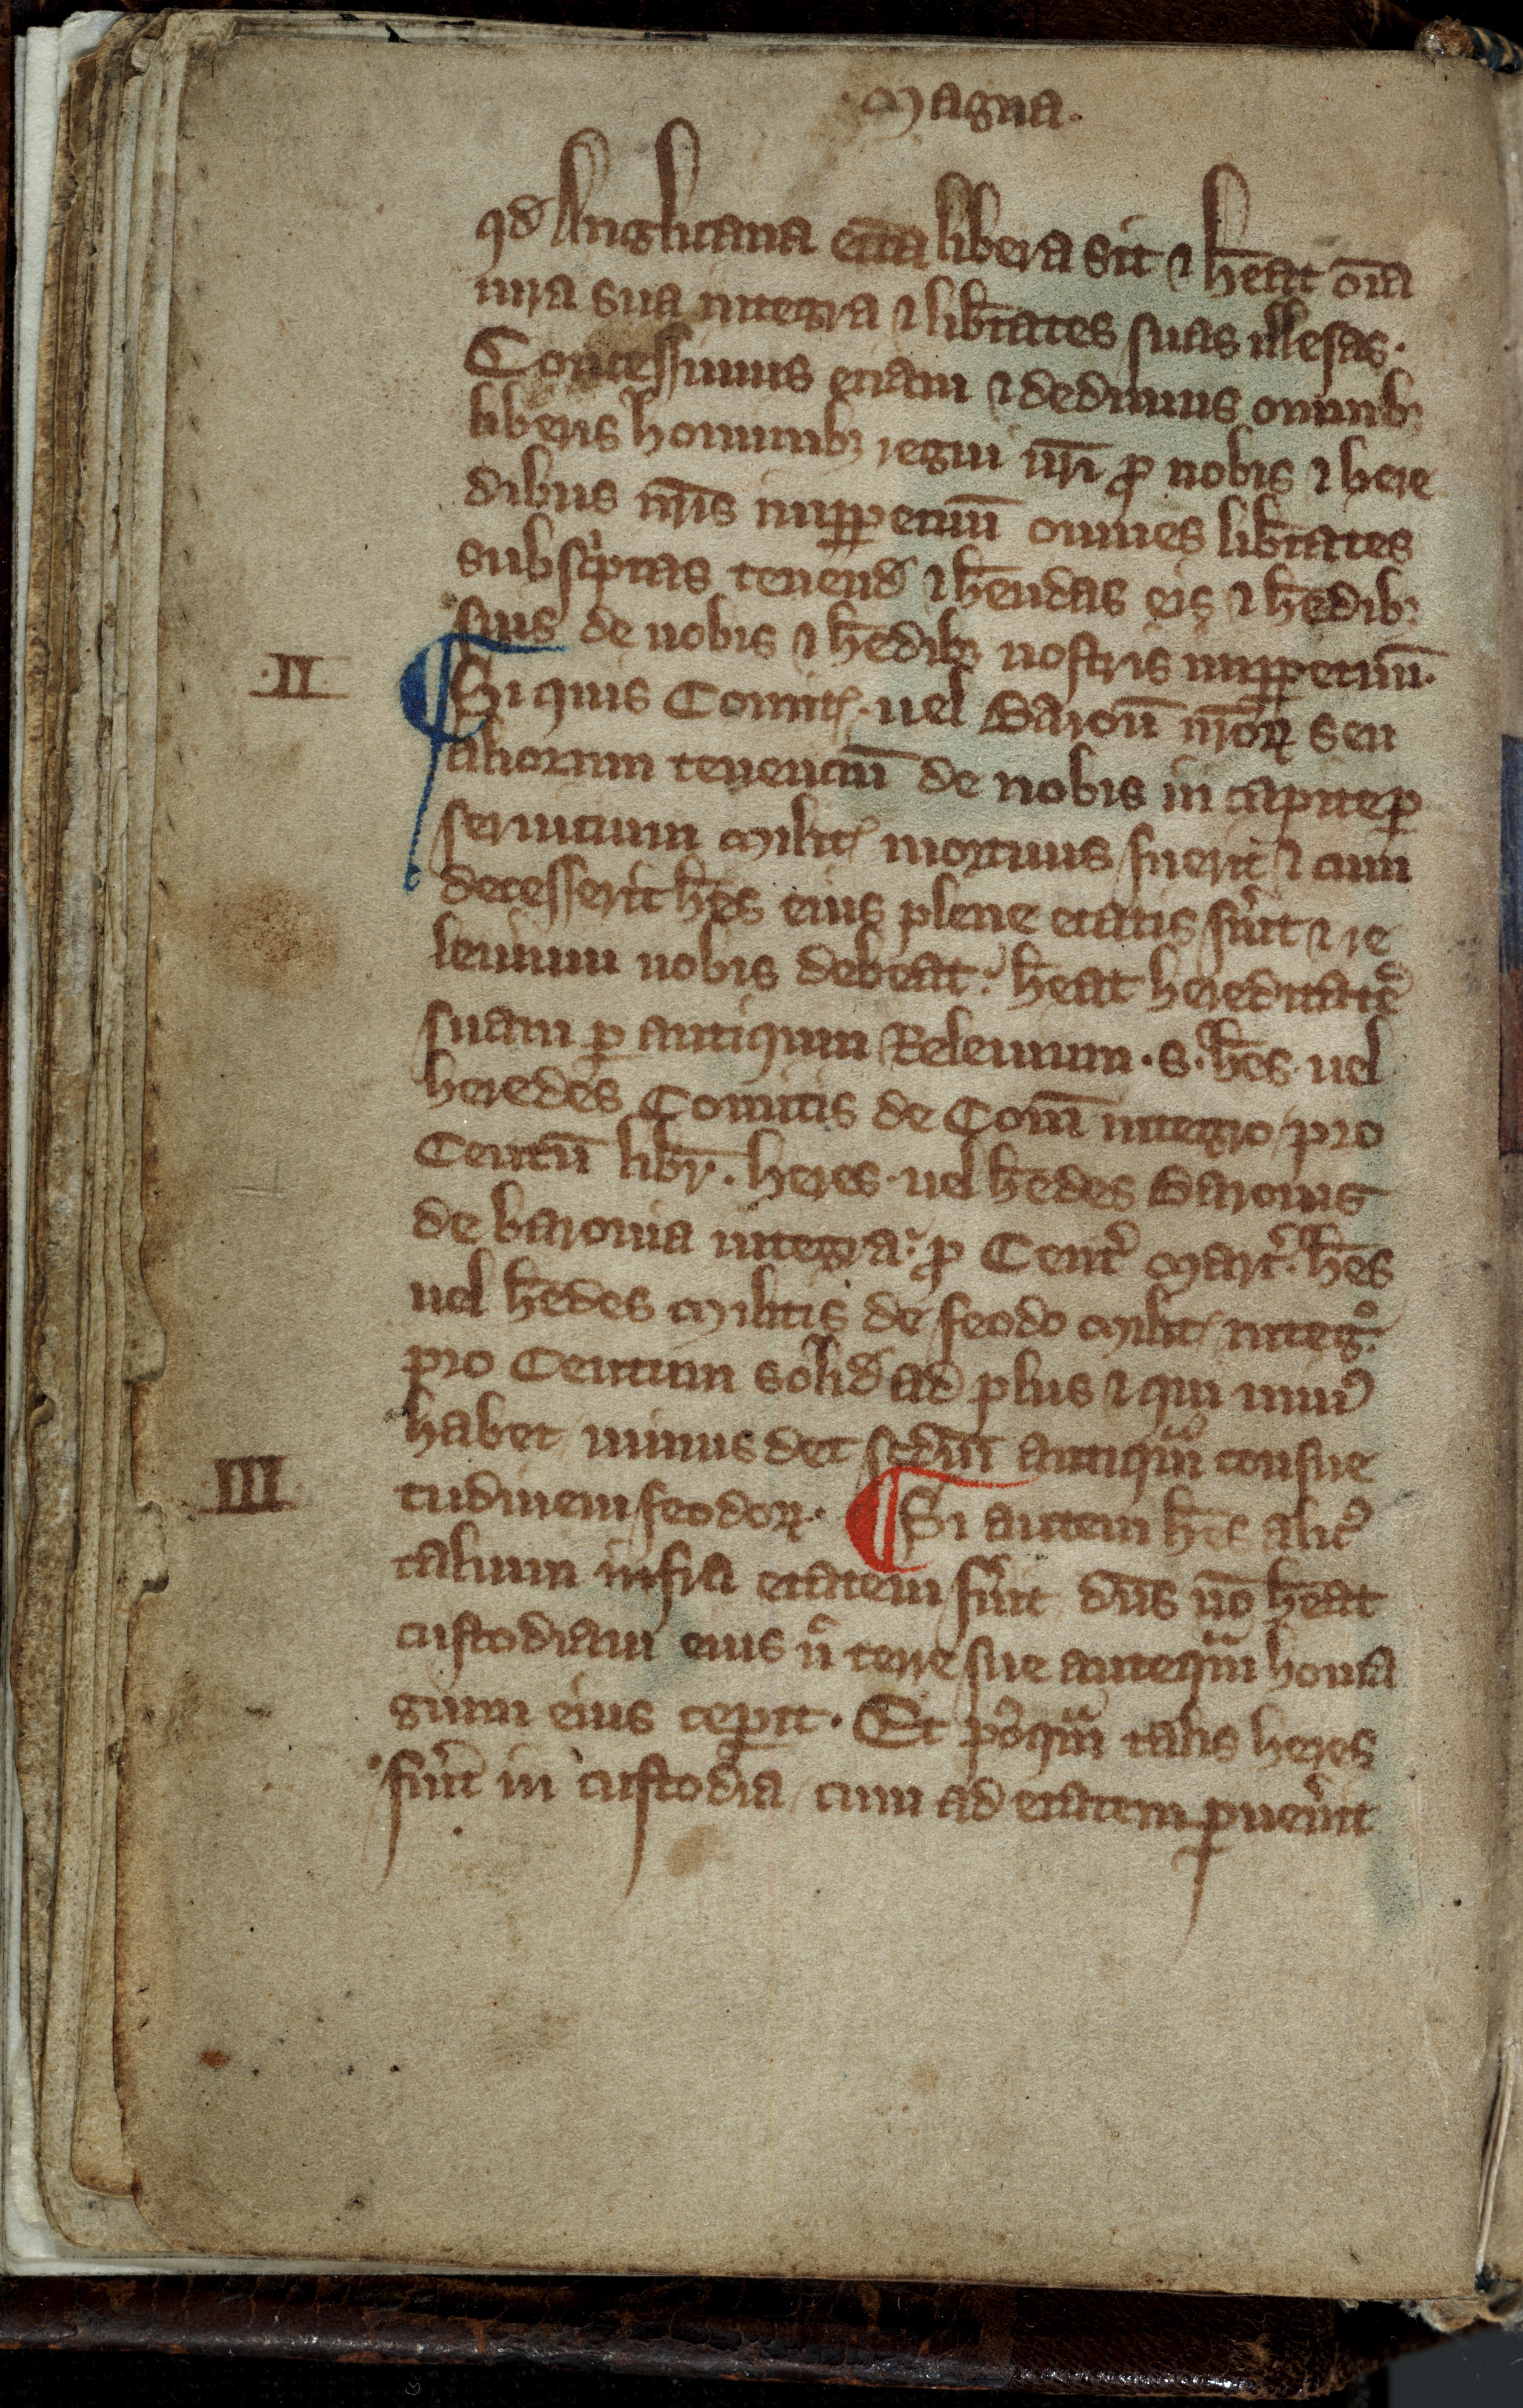
Shelfmark: Toronto, Fisher Library, ms. 01053
Century: 14